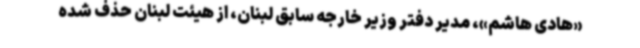
«هادی هاشم»، مدیر دفتر وزیر خارجه سابق لبنان، از هیئت لبنان حذف شده